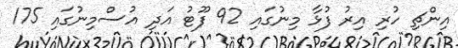
އިންޗި ހުރި އިރު ފުޅާ މިނުގައި 92 ފޫޓު އަދި އުސްމިނުގައި 175